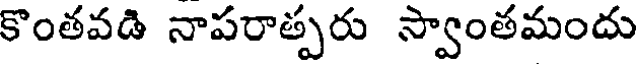
కొంతవడి నాపరాత్పరు స్వాంతమందు